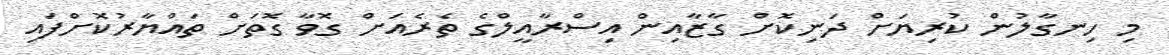
މި ހިނގާލުން ކުރިޔަށް ދަނިކޮށް ގާޒާއިން އިސްރާއީލްގެ ތެރެއަށް ގޮވާ ގޮތަށް ތައްޔާރުކޮށްފައި